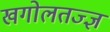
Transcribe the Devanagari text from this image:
खगोलतज्ज्ञ